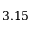
3 . 1 5